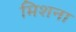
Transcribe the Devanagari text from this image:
मिशना